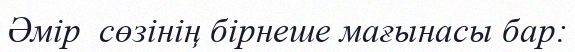
Әмір  сөзінің бірнеше мағынасы бар: